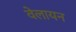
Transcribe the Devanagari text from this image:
वेलायन